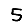
Digit: 5